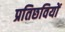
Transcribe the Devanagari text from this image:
प्रतिछवियों